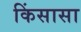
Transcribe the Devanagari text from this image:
किंसासा